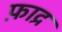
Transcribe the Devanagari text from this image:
फ़ाद्र